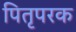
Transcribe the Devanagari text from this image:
पितृपरक